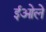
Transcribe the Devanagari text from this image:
ईओले